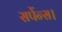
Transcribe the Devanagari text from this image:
सर्पेन्स।